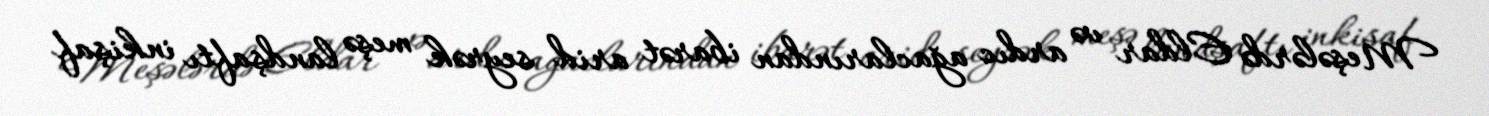
Meşələrdə Eldar və ardıc ağaclarından ibarət arid seyrək meşə landşaftı inkişaf